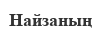
Найзаның